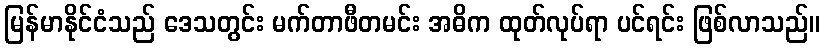
မြန်မာနိုင်ငံသည် ဒေသတွင်း မက်တာဖီတမင်း အဓိက ထုတ်လုပ်ရာ ပင်ရင်း ဖြစ်လာသည်။